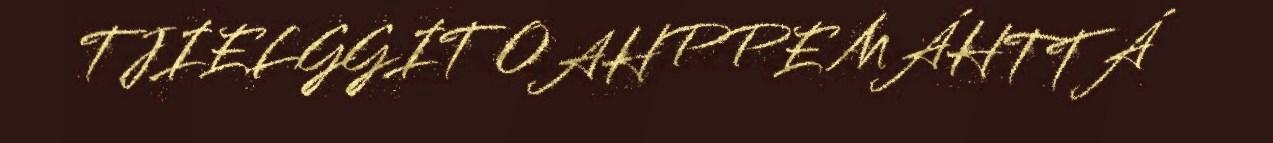
TJIELGGIT OAHPPE MÁHTTÁ